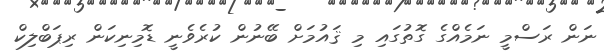
ނަން ރަސްމީ ނަމެއްގެ ގޮތުގައި މި ޤައުމަށް ބޭނުން ކުރެވެނީ ޑޮމިނިކަން ރިޕަބްލިކް